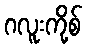
ဂလူးကို့စ်